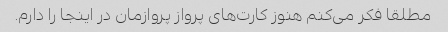
مطلقا فکر می‌کنم هنوز کارت‌های پرواز پروازمان در اینجا را دارم.